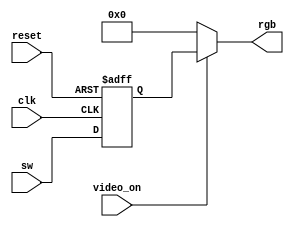
`timescale 1ns / 1ps
//***************************************************************//
//                                                               //
// Created by       Jesus Franco                                 //
// Copyright  2020 Jesus Franco on 03/24/2020 12:55:25 PM       //
//                                                               //
//                                                               //
// In submitting this file for class work at CSULB               //
// I am confirming that this is my work and the work             //
// of no one else. In submitting this code I acknowledge that    //
// plagiarism in student project work is subject to dismissal.   //
// from the class                                                //
// Dependencies:                                                 //
//***************************************************************//
module rgb_controller(
    input clk, reset, video_on,
    input [11:0] sw,
    output [11:0] rgb
    );
    reg [11:0] rgb_reg; 
    
    always@(posedge clk, posedge reset)
        if(reset)
            rgb_reg <= 12'b0;
        else
            rgb_reg <= sw;
                 
    assign rgb = (video_on) ? rgb_reg:12'b0;

endmodule